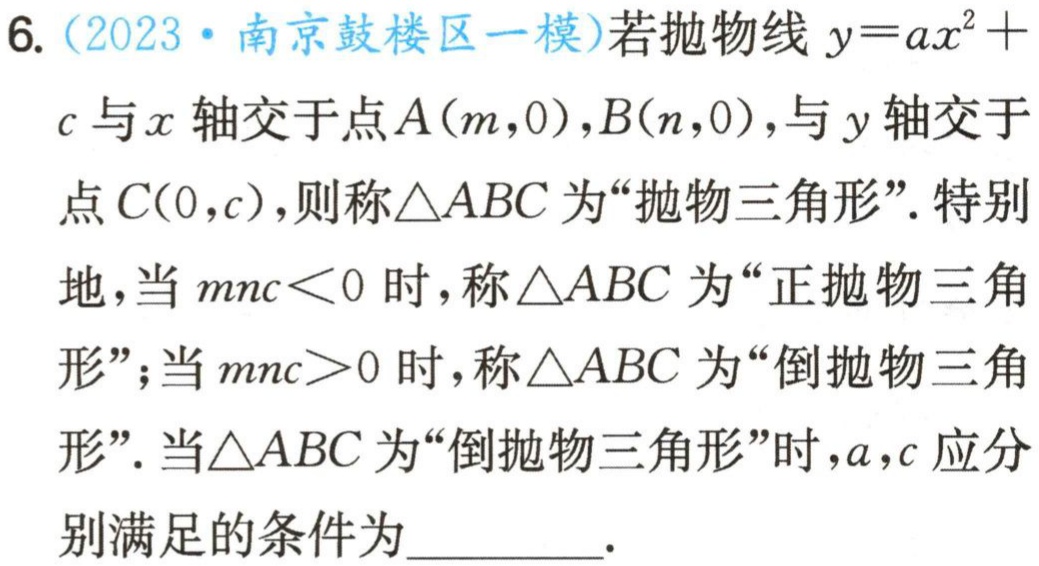
6.（2023·南京鼓楼区一模）若抛物线\(y = ax^{2}+c\)与\(x\)轴交于点\(A(m,0)\)，\(B(n,0)\)，与\(y\)轴交于点\(C(0,c)\)，则称\(\triangle ABC\)为“抛物三角形”. 特别地，当\(mnc<0\)时，称\(\triangle ABC\)为“正抛物三角形”；当\(mnc>0\)时，称\(\triangle ABC\)为“倒抛物三角形”. 当\(\triangle ABC\)为“倒抛物三角形”时，\(a\)，\(c\)应分别满足的条件为_________.